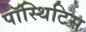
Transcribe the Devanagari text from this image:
पॉस्थिटिस